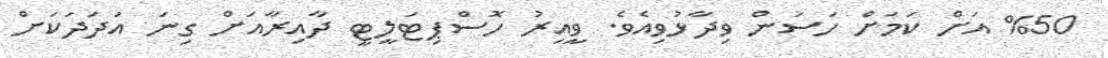
%50 އަށްް ކަމަށް ހަސަން ވިދާޅުވިއެވެ. ވީއިރު ހޮސްޕިޓަލީޓީ ދާއިރާއަށް ގިނަ އަދަދަކަށް